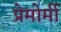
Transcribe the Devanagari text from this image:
प्रेमोर्मी